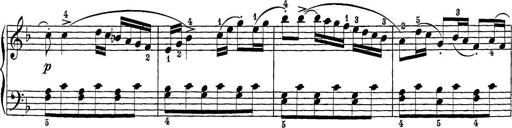
Title: 12 Sonatine per Pianoforte
Composer: Friedrich Kuhlau